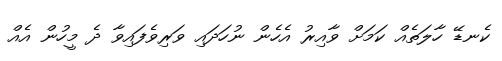
ކެނޑޭ ހާލަތެއް ކަމަށް ވާއިރު އެހެން ނުހަދައި ވަރިވެފައިވާ ދެ މީހުން އެއް